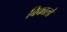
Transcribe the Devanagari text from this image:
बिकालो